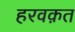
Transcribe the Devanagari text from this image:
हरवक़त